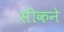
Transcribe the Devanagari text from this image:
सीकने